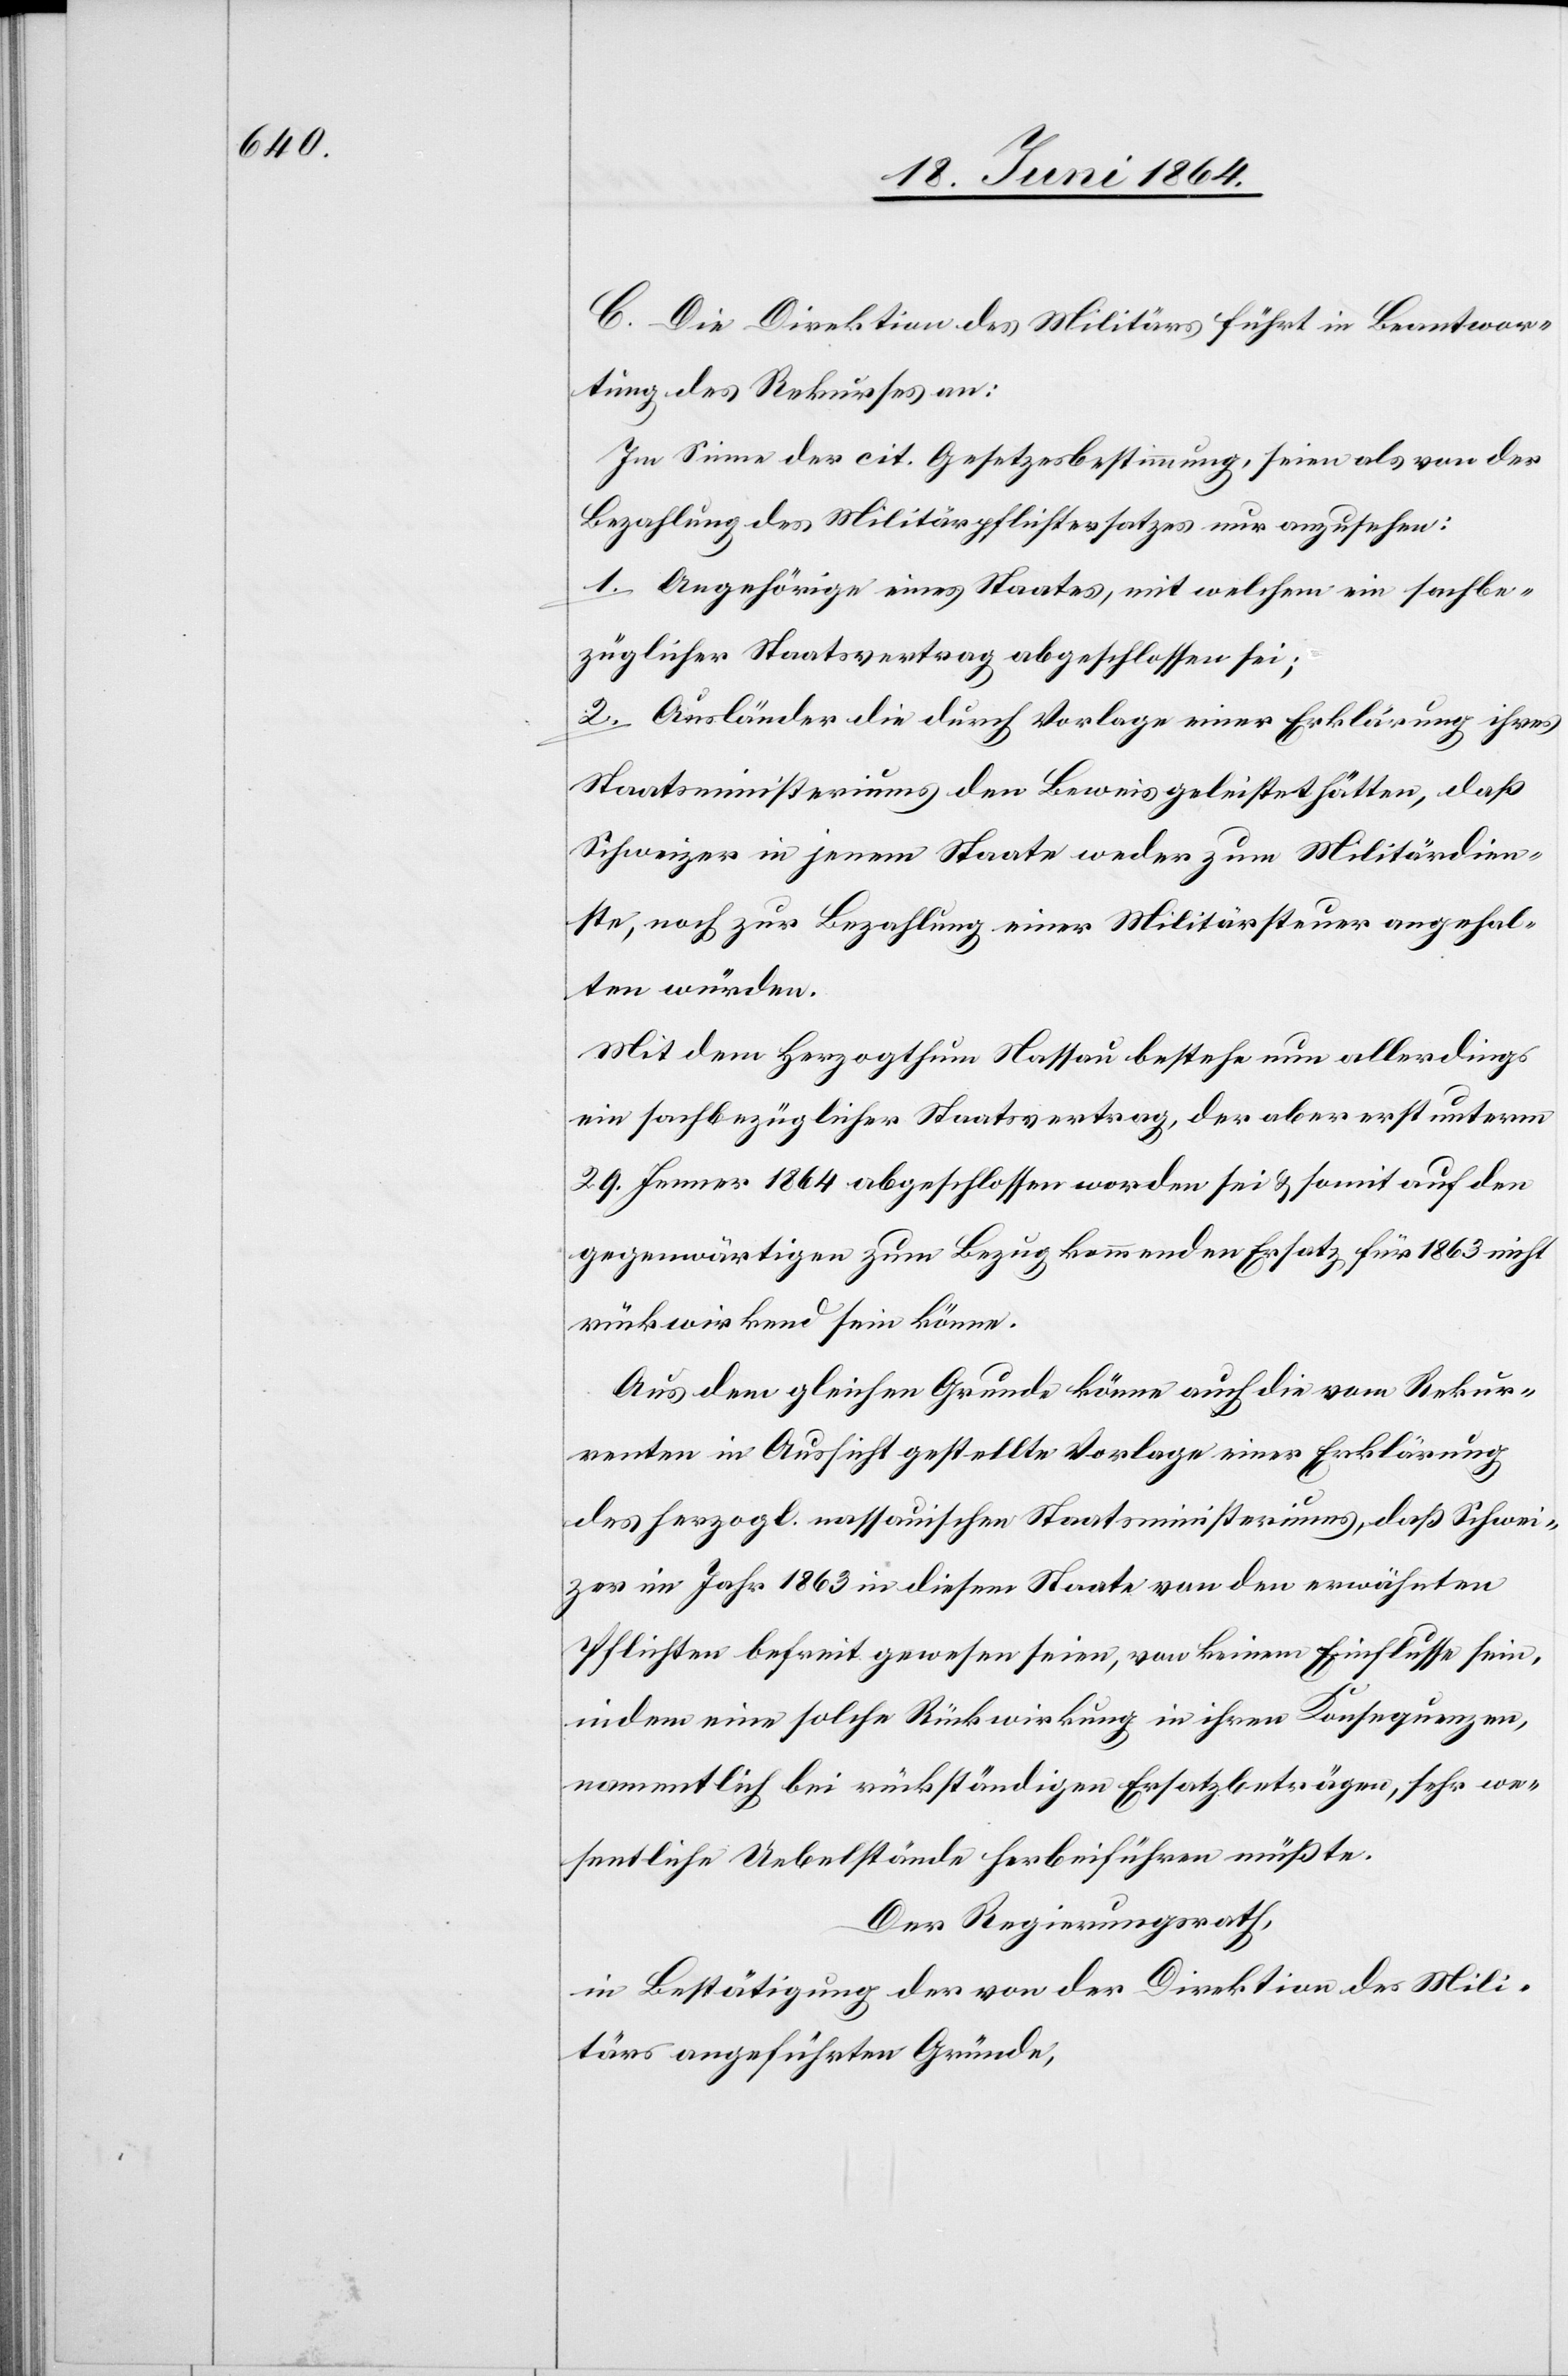
C. Die Direktion des Militärs führt in Beantwor¬
tung des Rekurses an:
Im Sinne der cit. Gesetzesbestimmung, seien als von der
Bezahlung des Militärpflichtersatzes nur anzusehen
1. Angehörige eines Staates, mit welchem ein sachbe¬
züglicher Staatsvertrag abgeschlossen sei;
2. Ausländer die durch Vorlage einer Erklärung ihres
Staatsministeriums den Beweis geleistet hätten, daß
Schweizer in jenem Staate weder zum Militärdien¬
ste, noch zur Bezahlung einer Militärsteuer angehal¬
ten würden.
Mit dem Herzogthum Nassau bestehe nun allerdings
ein sachbezüglicher Staatsvertrag, der aber erst unterm
29. Jenner 1864 abgeschlossen worden sei u. somit auf den
gegenwärtigen zum Bezug kommenden Ersatz für 1863 nicht
rückwirkend sein könne.
Aus dem gleichen Grunde könne auch die vom Rekur¬
renten in Aussicht gestellte Vorlage einer Erklärung
des herzogl. nassauischen Staatsministeriums, daß Schwei¬
zer im Jahr 1863 in diesem Staate von den erwähnten
Pflichten befreit gewesen seien, von keinem Einflusse sein,
indem eine solche Rückwirkung in ihren Konsequenzen,
namentlich bei rückständigen Ersatzbeträgen, sehr we¬
sentliche Uebelstände herbeiführen müßte.
Der Regierungsrath,
in Bestätigung der von der Direktion des Mili¬
tärs angeführten Gründe,